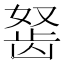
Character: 𬺀